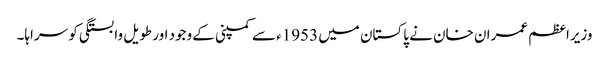
وزیراعظم عمران خان نے پاکستان میں 1953ء سے کمپنی کے وجود اور طویل وابستگی کو سراہا۔